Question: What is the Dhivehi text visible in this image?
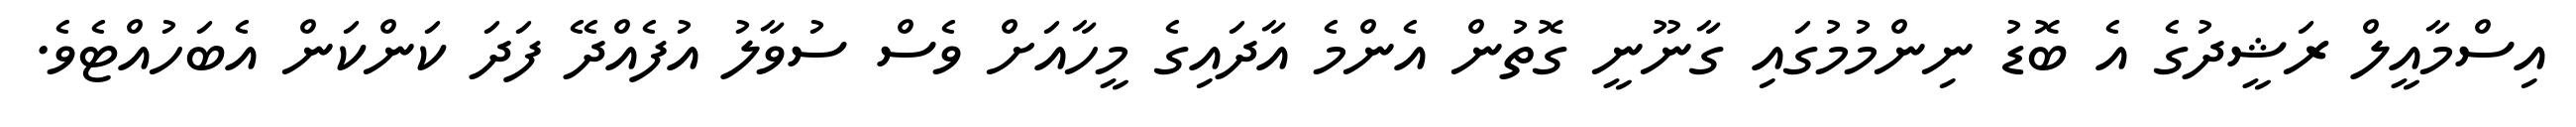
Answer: އިސްމާއީލް ރަޝީދުގެ އެ ބޮޑު ނިންމުމުގައި ގާނޫނީ ގޮތުން އެންމެ އާދައިގެ މީހާއަށް ވެސް ސުވާލު އުފެއްދޭ ފަދަ ކަންކަން އެބަހުއްޓެވެ.